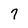
Character: 7